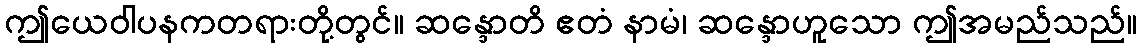
ဤယေဝါပနကတရားတို့တွင်။ ဆန္ဒောတိ ဧတံ နာမံ၊ ဆန္ဒောဟူသော ဤအမည်သည်။